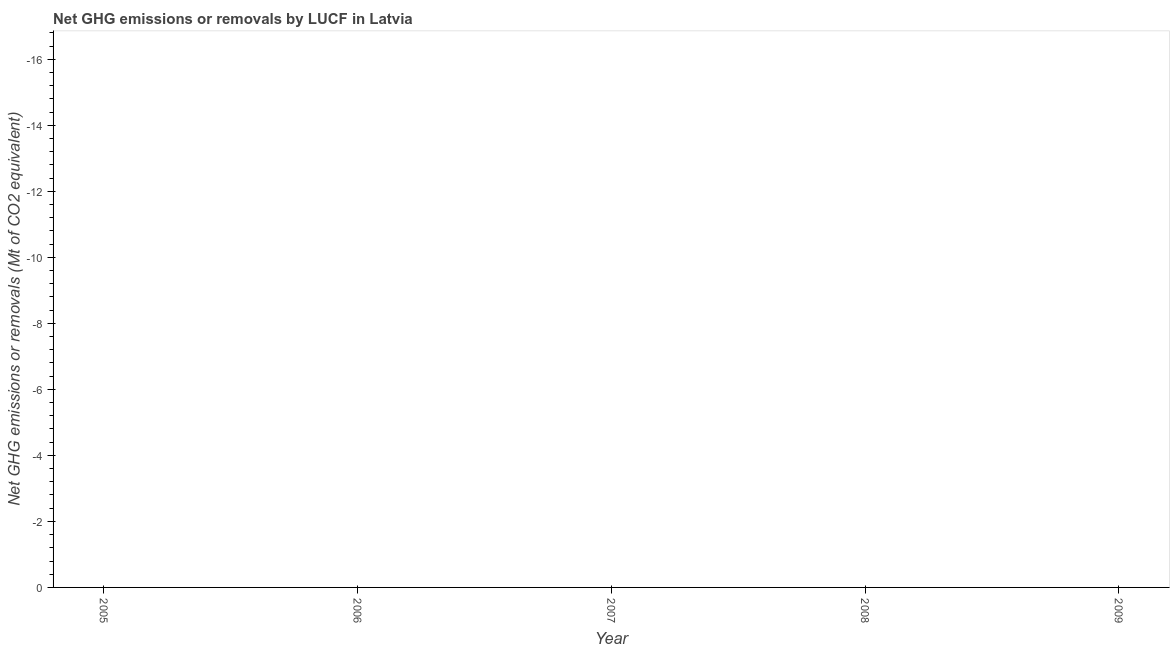
| Year | GHG net emissions or removals |
 | --- | --- |
 | 2005 | -17.1 |
 | 2006 | -20.3 |
 | 2007 | -21.7 |
 | 2008 | -22.7 |
 | 2009 | -20.5 |